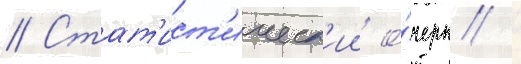
// Стат'ист'ическ'ии о́черк /